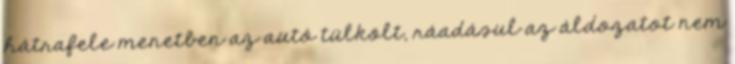
hátrafele menetben az autó tülkölt, ráadásul az áldozatot nem